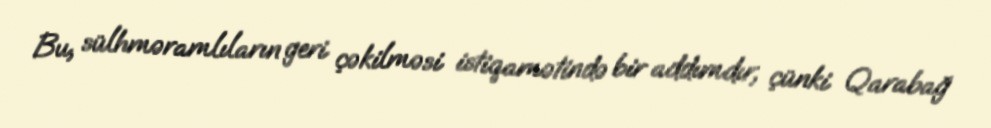
Bu, sülhməramlıların geri çəkilməsi istiqamətində bir addımdır, çünki Qarabağ